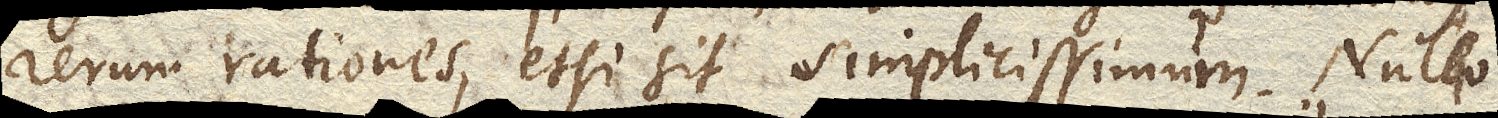
rerum rationes, etsi sit simplissimum. Nullo